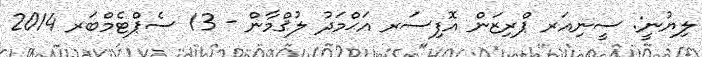
ލިޔުނީ: ސީނިއަރ ޕްރިޒަން އޮފިސަރ އަޙްމަދު ލުޤްމާން - 13 ސެޕްޓެމްބަރ 2014